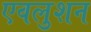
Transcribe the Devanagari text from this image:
एवलुशन